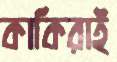
কাকিরাই